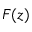
F ( z )